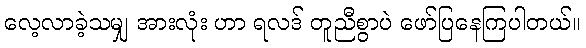
လေ့လာခဲ့သမျှ အားလုံး ဟာ ရလဒ် တူညီစွာပဲ ဖော်ပြနေကြပါတယ်။